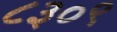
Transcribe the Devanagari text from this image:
८३०९